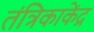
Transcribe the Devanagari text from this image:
तंत्रिकाकेंद्र